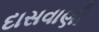
દાસવાણી